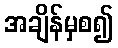
အချိန်မှစ၍